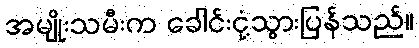
အမျိုးသမီးက ခေါင်းငုံ့သွားပြန်သည်။